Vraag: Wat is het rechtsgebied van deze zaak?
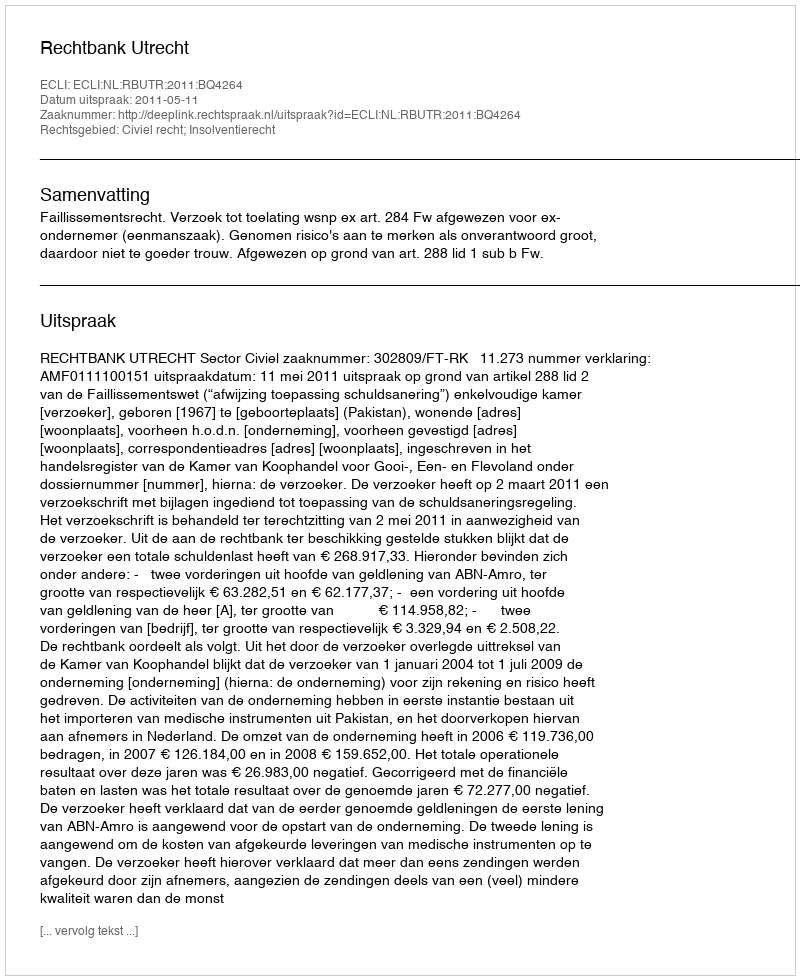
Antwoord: Civiel recht; Insolventierecht